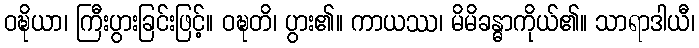
ဝဍ္ဎိယာ၊ ကြီးပွားခြင်းဖြင့်။ ဝဍ္ဎတိ၊ ပွား၏။ ကာယဿ၊ မိမိခန္ဓာကိုယ်၏။ သာရာဒါယီ၊